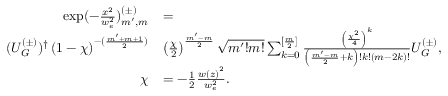
\begin{array} { r l } { \exp ( - \frac { x ^ { 2 } } { w _ { e } ^ { 2 } } ) _ { m ^ { \prime } , m } ^ { ( \pm ) } } & { = } \\ { ( U _ { G } ^ { ( \pm ) } ) ^ { \dag } \left( 1 - \chi \right) ^ { - ( \frac { m ^ { \prime } + m + 1 } { 2 } ) } } & { \left( \frac { \chi } { 2 } \right) ^ { \frac { m ^ { \prime } - m } { 2 } } \sqrt { m ^ { \prime } ! m ! } \sum _ { k = 0 } ^ { [ \frac { m } { 2 } ] } \frac { \left( \frac { \chi ^ { 2 } } { 4 } \right) ^ { k } } { \left( \frac { m ^ { \prime } - m } { 2 } + k \right) ! k ! \left( m - 2 k \right) ! } U _ { G } ^ { ( \pm ) } , } \\ { \chi } & { = - \frac { 1 } { 2 } \frac { w \left( z \right) ^ { 2 } } { w _ { e } ^ { 2 } } . } \end{array}